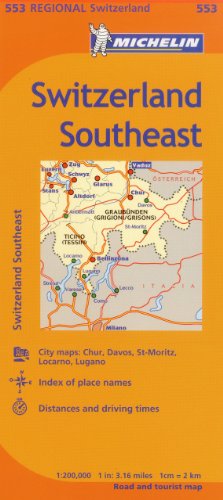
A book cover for Michelin Switzerland: Southeast Map 553 (Maps/Regional (Michelin)); Michelin Travel & Lifestyle; Travel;